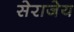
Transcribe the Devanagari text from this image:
सेराजेय